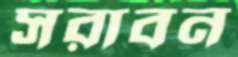
সরাবন